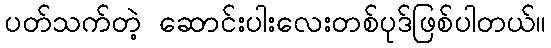
ပတ်သက်တဲ့ ဆောင်းပါးလေးတစ်ပုဒ်ဖြစ်ပါတယ်။